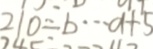
2 1 0 \div b \cdots a + 5